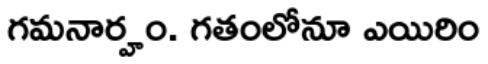
గమనార్హం. గతంలోనూ ఎయిరిం